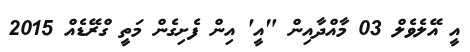
އީ އޭލެވެލް 03 މާއްދާއިން "އީ' އިން ފެށިގެން މަތީ ގްރޭޑެއް 2015